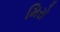
મિરો